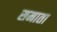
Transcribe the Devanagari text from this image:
समाता